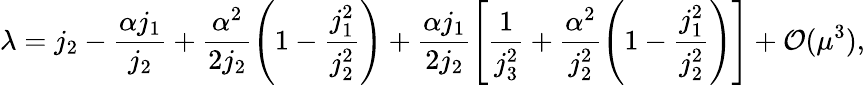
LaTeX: \lambda=j_{2}-\frac{\alpha j_{1}}{j_{2}}+\frac{\alpha^{2}}{2j_{2}}\left(1-\frac{j_{1}^{2}}{j_{2}^{2}}\right)+\frac{\alpha j_{1}}{2j_{2}}\left[\frac{1}{j_{3}^{2}}+\frac{\alpha^{2}}{j_{2}^{2}}\left(1-\frac{j_{1}^{2}}{j_{2}^{2}}\right)\right]+{\cal O}(\mu^{3}),